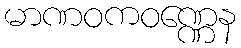
မာဏဝကဝဏ္ဏေန